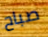
صباح